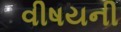
વીષયની